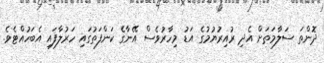
ދޮންތަ ސަލާމަތަށް އެދި ރުއިރުޔުމުގެ އަޑު މިހާރުވެސް އޭނާގެ ކަންފަތުގައި ހަރުލާފައި އެބަހުއްޓެވެ.